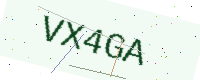
Text: VX4GA